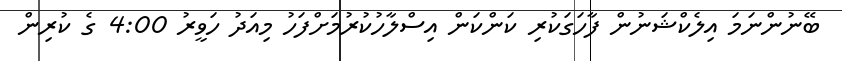
ބޭނުންނަމަ އިލެކްޝަނުން ފާހަގަކުރި ކަންކަން އިސްލާހުކުރުމަށްފަހު މިއަދު ހަވީރު 4:00 ގެ ކުރިން